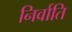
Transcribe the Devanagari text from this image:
निर्वाति